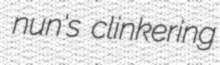
nun's clinkering